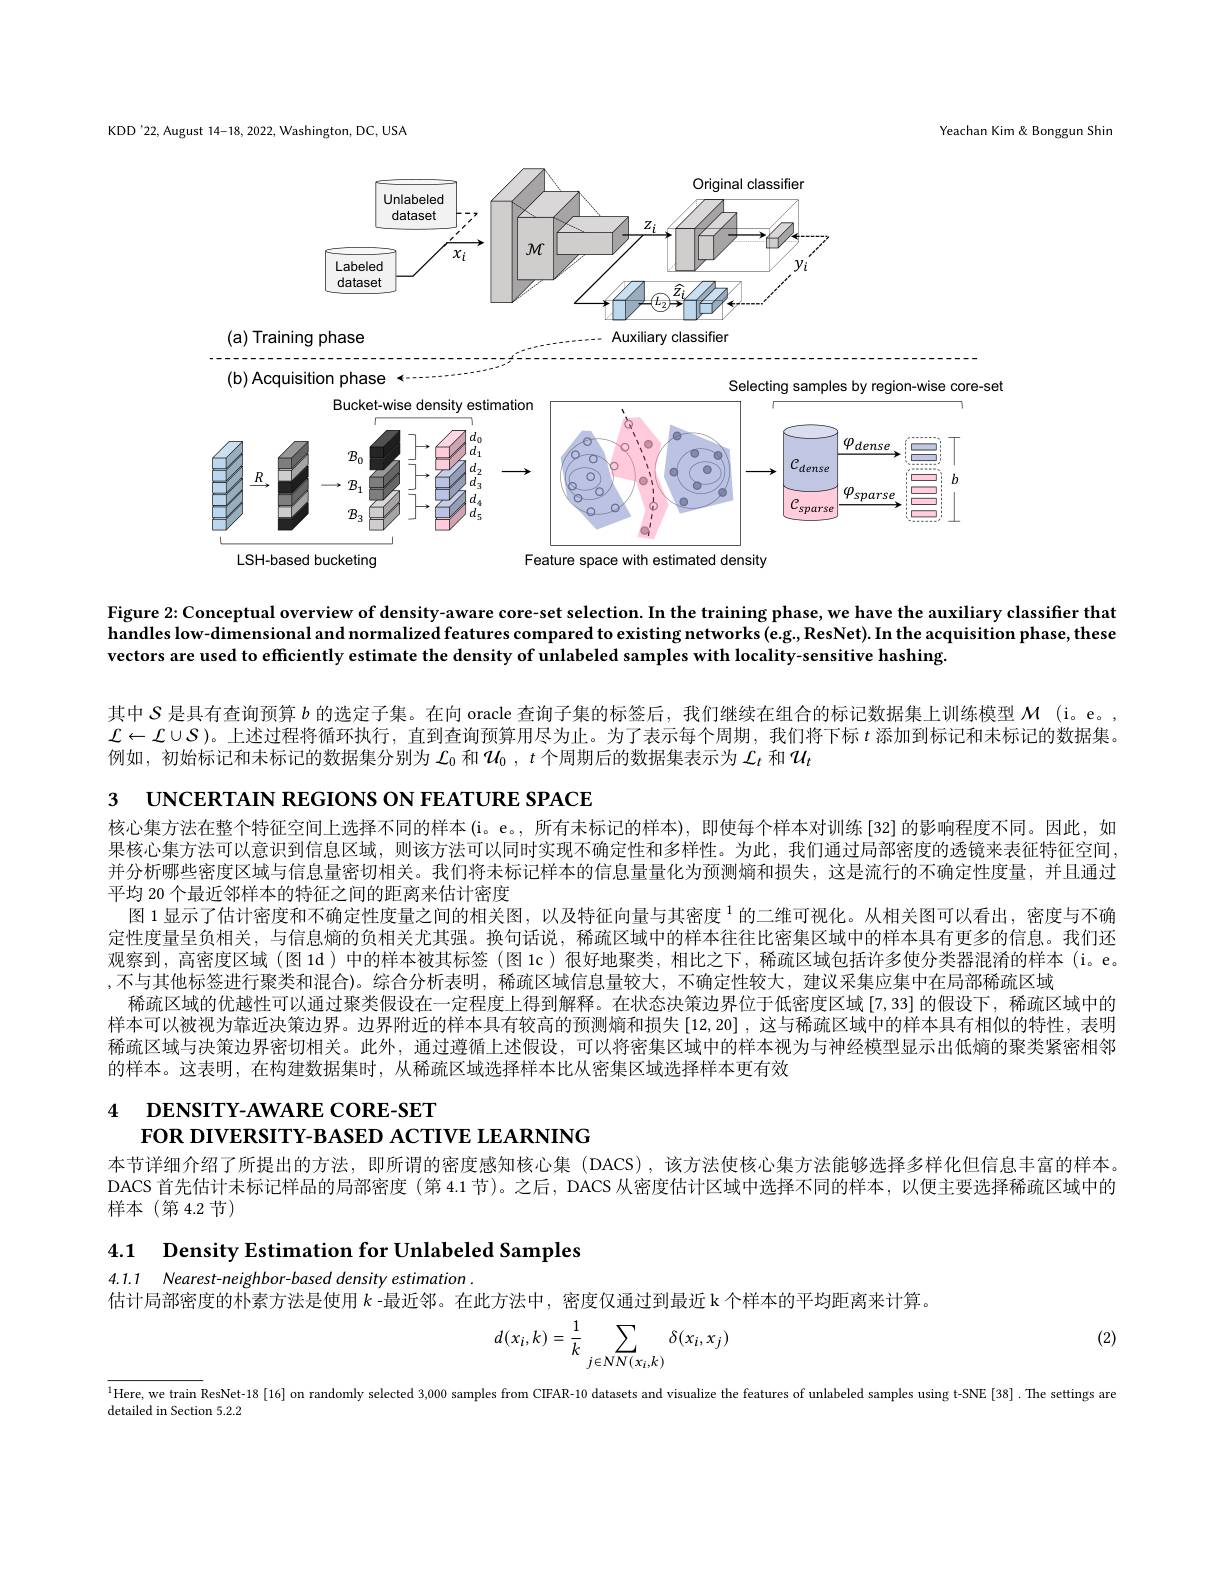
KDD'22,August 14-18, 2022, Washington, DC, USA

Yeachan Kim & Bonggun Shir

<FigureHere>
$(a)$ Training phase
Auxiliary classifier

<FigureHere>
LSH-based bucketing
Feature space with estimated density

Figure 2:Conceptual overview of density-aware core-set selection. In the training phase, we have the auxiliary classiffer that handles low-dimensional and normalized features compared to existing networks (e.g., ResNet). In the acquisition phase, these vectors are used to efficiently estimate the density of unlabeled samples with locality-sensitive hashing.

其中$S$是具有查询预算$b$的选定子集。在向 oracle 查询子集的标签后，我们继续在组合的标记数据集上训练模型$\mathcal{M}$ (i。e。$\mathcal{L}\leftarrow\mathcal{L}\cup S$ )。上述过程将循环执行，直到查询预算用尽为止。为了表示每个周期，我们将下标$t$添加到标记和未标记的数据集。例如，初始标记和未标记的数据集分别为$\mathcal{L}_0$和$\mathcal{U}_0,t$个周期后的数据集表示为$\mathcal{L}_t$和$\mathcal{U}_t$

3 UNCERTAIN REGIONS ON FEATURE SPACE

核心集方法在整个特征空间上选择不同的样本(i。e。,所有未标记的样本),即使每个样本对训练[32]的影响程度不同。因此，如果核心集方法可以意识到信息区域，则该方法可以同时实现不确定性和多样性。为此，我们通过局部密度的透镜来表征特征空间， 并分析哪些密度区域与信息量密切相关。我们将未标记样本的信息量量化为预测熵和损失，这是流行的不确定性度量，并且通过平均 20 个最近邻样本的特征之间的距离来估计密度
图 1 显示了估计密度和不确定性度量之间的相关图，以及特征向量与其密度$^{1}$的二维可视化。从相关图可以看出，密度与不确定性度量呈负相关，与信息熵的负相关尤其强。换句话说，稀疏区域中的样本往往比密集区域中的样本具有更多的信息。我们还观察到，高密度区域 (图 1d)中的样本被其标签 (图 1c)很好地聚类，相比之下，稀疏区域包括许多使分类器混淆的样本 (i。e。,不与其他标签进行聚类和混合)。综合分析表明，稀疏区域信息量较大，不确定性较大，建议采集应集中在局部稀疏区域
稀疏区域的优越性可以通过聚类假设在一定程度上得到解释。在状态决策边界位于低密度区域[7,33]的假设下，稀疏区域中的样本可以被视为靠近决策边界。边界附近的样本具有较高的预测熵和损失[12,20] ,这与稀疏区域中的样本具有相似的特性，表明稀疏区域与决策边界密切相关。此外，通过遵循上述假设，可以将密集区域中的样本视为与神经模型显示出低熵的聚类紧密相邻的样本。这表明，在构建数据集时，从稀疏区域选择样本比从密集区域选择样本更有效

4 DENSITY-AWARE CORE-SET
FOR DIVERSITY-BASED ACTIVE LEARNING

本节详细介绍了所提出的方法，即所谓的密度感知核心集 (DACS),该方法使核心集方法能够选择多样化但信息丰富的样本。DACS 首先估计未标记样品的局部密度 (第 4.1节)。之后，DACS 从密度估计区域中选择不同的样本，以便主要选择稀疏区域中的样本 (第 4.2 节)

4.1 $\textbf{Density Estimation for Unlabeled Samples}$

4.1.1 Nearest-neighbor-based density estimation .

估计局部密度的朴素方法是使用$k$ -最近邻。在此方法中，密度仅通过到最近 k 个样本的平均距离来计算。

(2)
$$d(x_i,k)=\frac{1}{k}\sum_{j\in NN(x_i,k)}\delta(x_i,x_j)$$
$^{1}$Here, we train ResNet-18[16] on randomly selected 3,000 samples from CIFAR-10 datasets and visualize the features of unlabeled samples using t-SNE[38].The settings are

detailed in Section 5.2.2